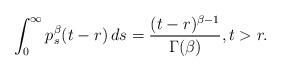
LaTeX: \begin{align*}\int_0^\infty p^\beta_s(t-r)\,ds=\frac{(t-r)^{\beta-1}}{\Gamma(\beta)},t> r.\end{align*}